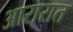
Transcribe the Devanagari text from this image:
आरारात